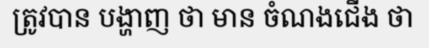
ត្រូវបាន បង្ហាញ ថា មាន ចំណងជើង ថា